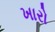
ખારો